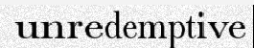
unredemptive